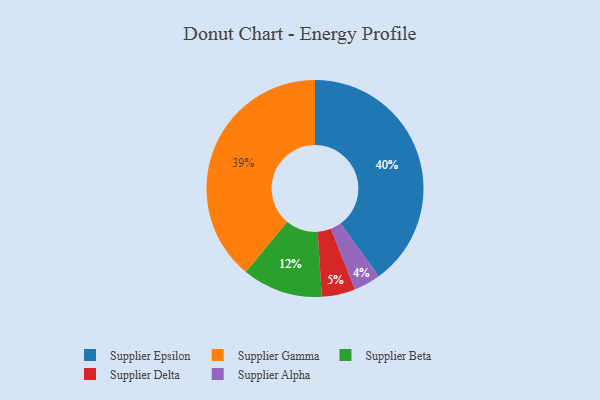
{"axis": {"x": "Category", "y": "Percentage"}, "legend": ["Supplier Alpha", "Supplier Beta", "Supplier Delta", "Supplier Epsilon", "Supplier Gamma"], "data": [{"x": "Supplier Delta", "y": 5, "type": "Supplier Delta"}, {"x": "Supplier Alpha", "y": 4, "type": "Supplier Alpha"}, {"x": "Supplier Epsilon", "y": 40, "type": "Supplier Epsilon"}, {"x": "Supplier Beta", "y": 12, "type": "Supplier Beta"}, {"x": "Supplier Gamma", "y": 39, "type": "Supplier Gamma"}]}